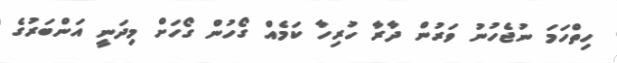
ހިތްހަމަ ނުޖެހުނު ވަރުން ދާރާ ހުރިހާ ކަމެއް ގޯހުން ގޯހަށް މިދަނީ އަންބަރުގެ